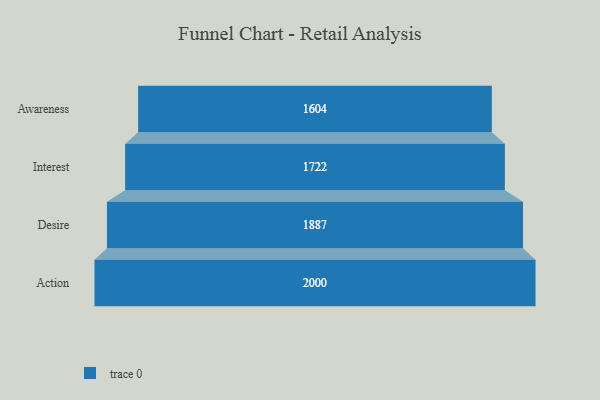
{"axis": {"x": "Stage", "y": "Value"}, "legend": [""], "data": [{"x": "Awareness", "y": 1604.0, "type": ""}, {"x": "Interest", "y": 1722.0, "type": ""}, {"x": "Desire", "y": 1887.0, "type": ""}, {"x": "Action", "y": 2000, "type": ""}]}